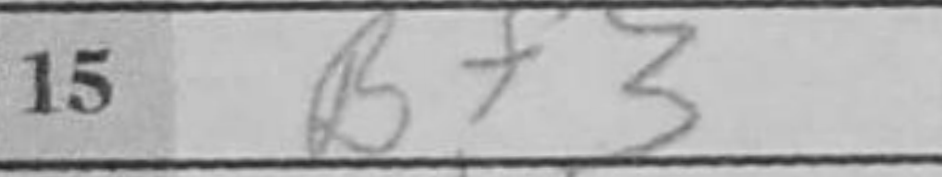
Transcription: Bf3